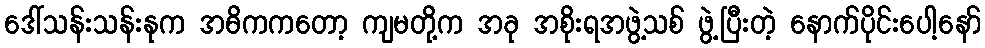
ဒေါ်သန်းသန်းနုက အဓိကကတော့ ကျမတို့က အခု အစိုးရအဖွဲ့သစ် ဖွဲ့ပြီးတဲ့ နောက်ပိုင်းပေါ့နော်